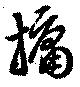
牖